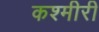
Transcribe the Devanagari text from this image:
कश्‍मीरी